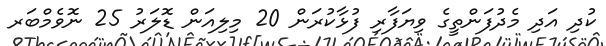
ކުދި އަދި މެދުފަންތީގެ ވިޔަފާރި ފުޅާކުރަން 20 މިލިއަން ޑޮލަރު 25 ނޮވެމްބަރ